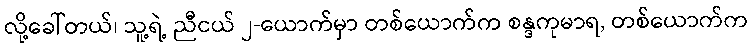
လို့ခေါ်တယ်၊ သူ့ရဲ့ ညီငယ် ၂-ယောက်မှာ တစ်ယောက်က စန္ဒကုမာရ, တစ်ယောက်က